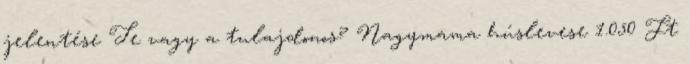
jelentése Te vagy a tulajdonos? Nagymama húslevese 1.050 Ft